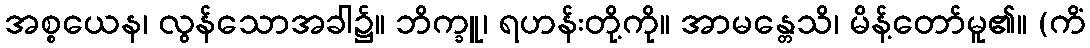
အစ္စယေန၊ လွန်သောအခါ၌။ ဘိက္ခူ၊ ရဟန်းတို့ကို။ အာမန္တေသိ၊ မိန့်တော်မူ၏။ (ကိံ